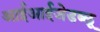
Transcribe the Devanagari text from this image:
आईआईजेडब्लू